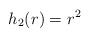
\begin{align*} h_2(r)=r^2 \end{align*}